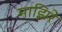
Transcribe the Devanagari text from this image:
माझिरे